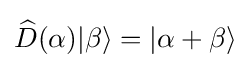
{\widehat {D}}(\alpha )|\beta \rangle =|\alpha +\beta \rangle